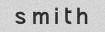
s m i t h